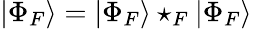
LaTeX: |\Phi_{F}\rangle=|\Phi_{F}\rangle\star_{F}|\Phi_{F}\rangle\,